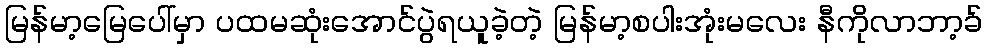
မြန်မာ့မြေပေါ်မှာ ပထမဆုံးအောင်ပွဲရယူခဲ့တဲ့ မြန်မာ့စပါးအုံးမလေး နီကိုလာဘာ့ခ်